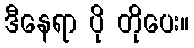
ဒီနေရာ ပို တိုပေး။